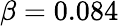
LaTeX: \beta=0.084